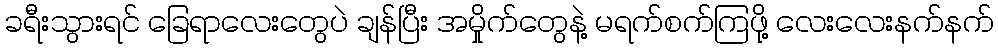
ခရီးသွားရင် ခြေရာလေးတွေပဲ ချန်ပြီး အမှိုက်တွေနဲ့ မရက်စက်ကြဖို့ လေးလေးနက်နက်